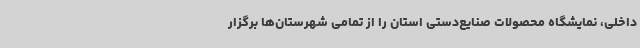
داخلی، نمایشگاه محصولات صنایع‌دستی استان را از تمامی شهرستان‌ها برگزار